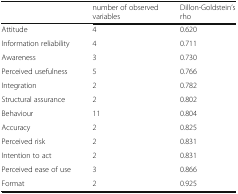
<table><thead><tr><td></td><td><b>number of observed variables</b></td><td><b>Dillon-Goldstein’s rho</b></td></tr></thead><tbody><tr><td>Attitude</td><td>4</td><td>0.620</td></tr><tr><td>Information reliability</td><td>4</td><td>0.711</td></tr><tr><td>Awareness</td><td>3</td><td>0.730</td></tr><tr><td>Perceived usefulness</td><td>5</td><td>0.766</td></tr><tr><td>Integration</td><td>2</td><td>0.782</td></tr><tr><td>Structural assurance</td><td>2</td><td>0.802</td></tr><tr><td>Behaviour</td><td>11</td><td>0.804</td></tr><tr><td>Accuracy</td><td>2</td><td>0.825</td></tr><tr><td>Perceived risk</td><td>2</td><td>0.831</td></tr><tr><td>Intention to act</td><td>2</td><td>0.831</td></tr><tr><td>Perceived ease of use</td><td>3</td><td>0.866</td></tr><tr><td>Format</td><td>2</td><td>0.925</td></tr></tbody></table>